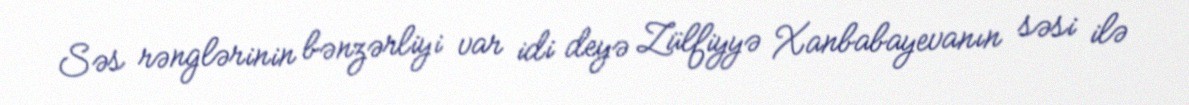
Səs rənglərinin bənzərliyi var idi deyə Zülfiyyə Xanbabayevanın səsi ilə